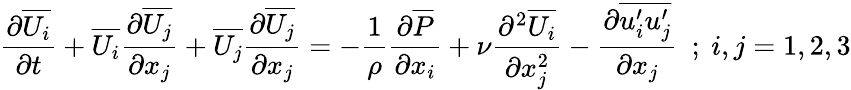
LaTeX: {\frac{\partial\overline{{U_{i}}}}{\partial t}}+\overline{{U_{i}}}{\frac{\partial\overline{{U_{j}}}}{\partial x_{j}}}+\overline{{U_{j}}}{\frac{\partial\overline{{U_{j}}}}{\partial x_{j}}}=-{\frac{1}{\rho}}{\frac{\partial\overline{{P}}}{\partial x_{i}}}+\nu{\frac{\partial^{2}\overline{{U_{i}}}}{\partial x_{j}^{2}}}-{\frac{\partial\overline{{u_{i}^{\prime}u_{j}^{\prime}}}}{\partial x_{j}}}~~;~i,j=1,2,3